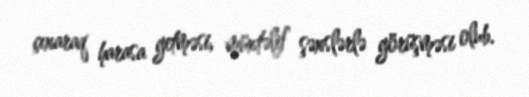
çıxaraq harasa getməsi, müxtəlif şəxslərlə görüşməsi olub.